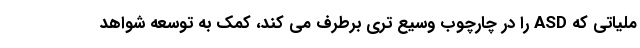
ملیاتی که ASD را در چارچوب وسیع تری برطرف می کند، کمک به توسعه شواهد